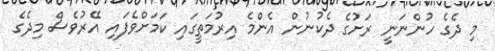
މި ދެގެ ހުންނަނީ ރަށުގެ ދެކުނުން އެންމެ އިރުމަތީގައި ކަމަށްވެފައި އޭރުވެސް މިދެގެ